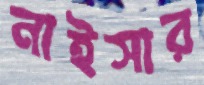
নাইসার